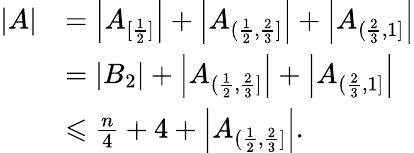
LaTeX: \begin{array}{rl}{|A|}&{=\left|A_{[\frac{1}{2}]}\right|+\left|A_{(\frac{1}{2},\frac{2}{3}]}\right|+\left|A_{(\frac{2}{3},1]}\right|}\\ &{=|B_{2}|+\left|A_{(\frac{1}{2},\frac{2}{3}]}\right|+\left|A_{(\frac{2}{3},1]}\right|}\\ &{\leqslant\frac{n}{4}+4+\left|A_{(\frac{1}{2},\frac{2}{3}]}\right|.}\end{array}